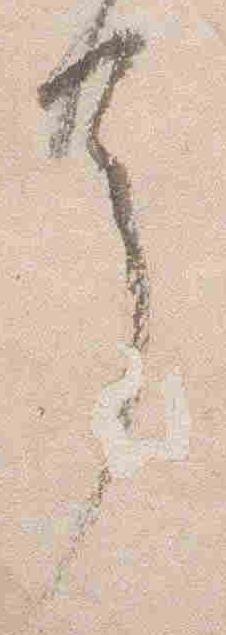
了